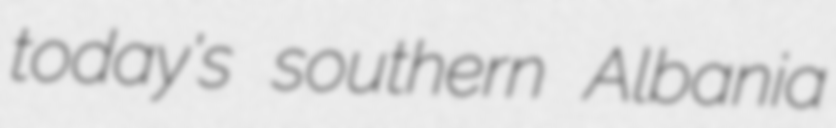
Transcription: today's southern Albania